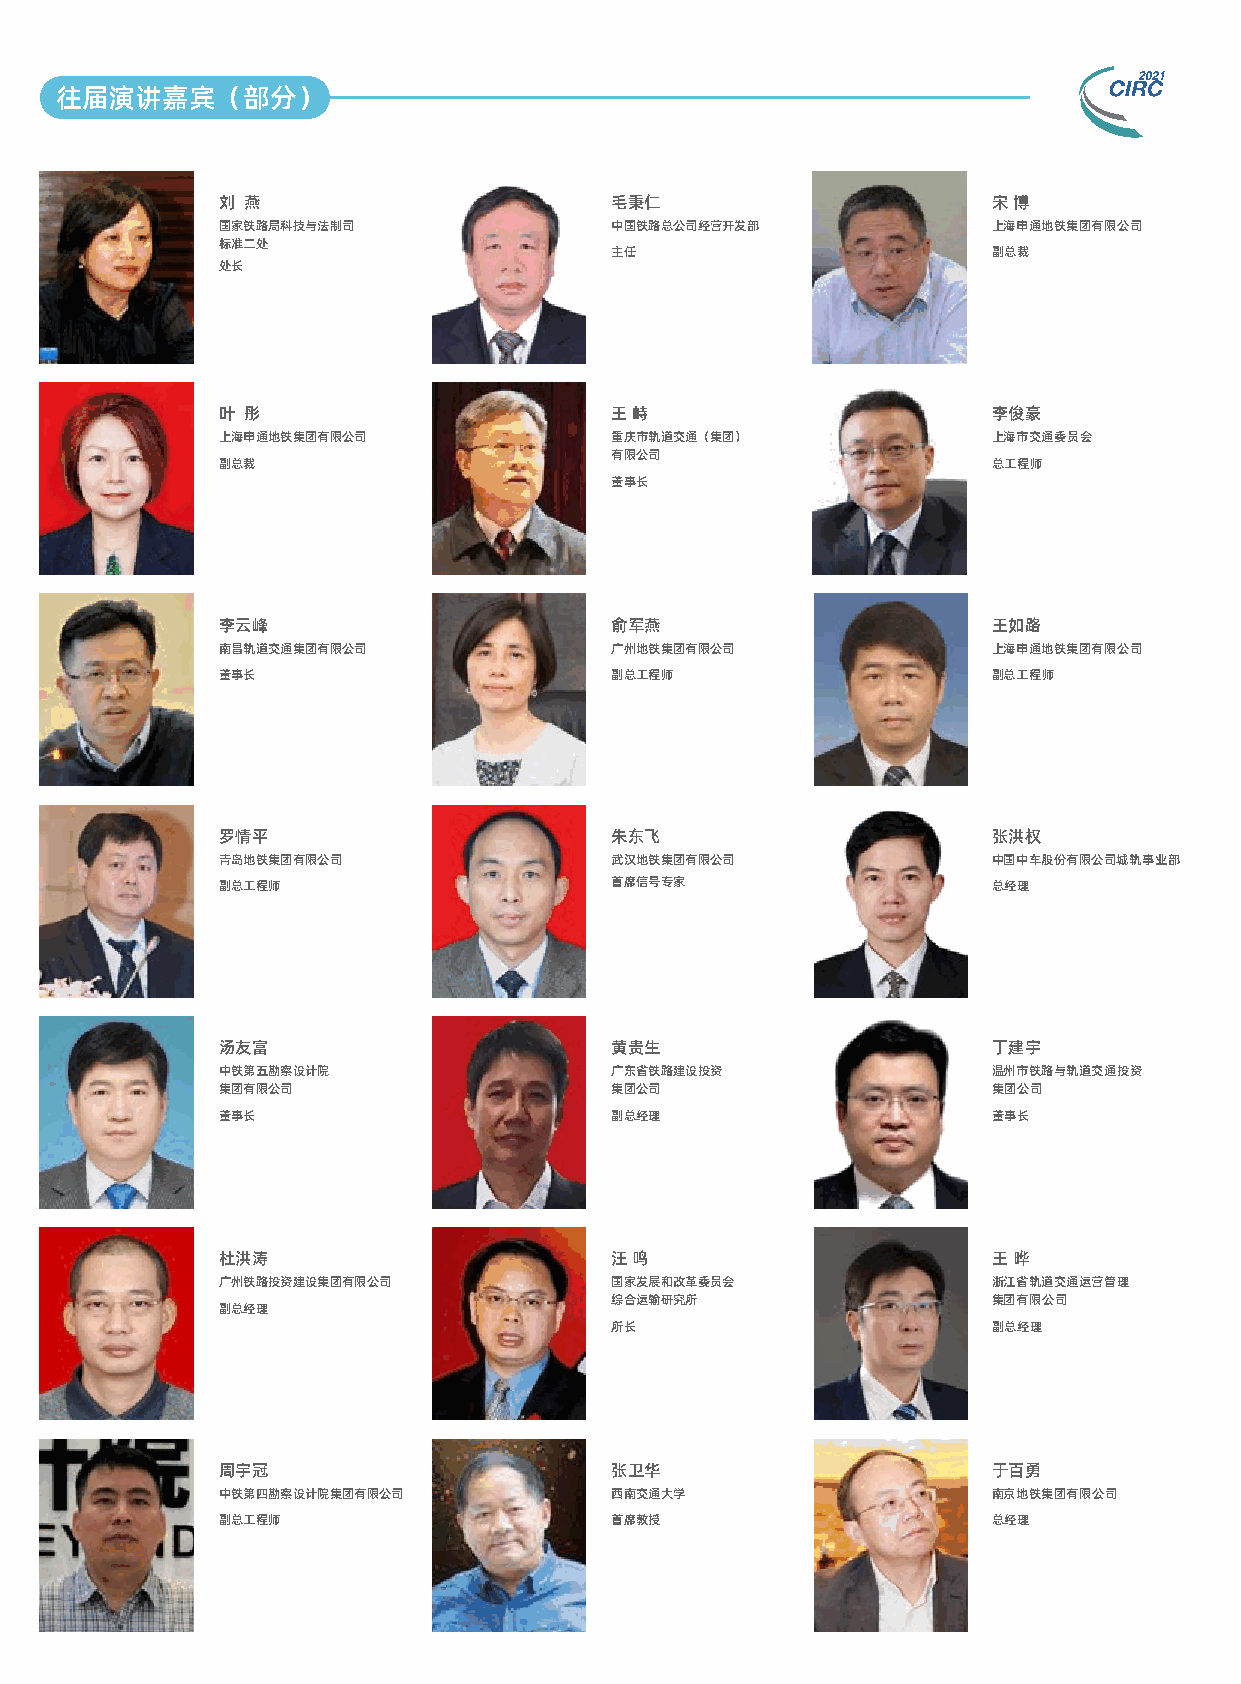
往届演讲嘉宾（部分）
 刘 燕                       毛秉仁                       宋 博
 国家铁路局科技与法制司               中国铁路总公司经营开发部              上海申通地铁集团有限公司
 标准二处
 主任                        副总裁
 处长
 叶 彤                       王 峙                       李俊豪
 上海申通地铁集团有限公司              重庆市轨道交通（集团）               上海市交通委员会
 有限公司
 副总裁                                                 总工程师
 董事长
 李云峰                       俞军燕                       王如路
 南昌轨道交通集团有限公司              广州地铁集团有限公司                上海申通地铁集团有限公司
 董事长                       副总工程师                     副总工程师
 罗情平                       朱东飞                       张洪权
 青岛地铁集团有限公司                武汉地铁集团有限公司                中国中车股份有限公司城轨事业部
 副总工程师                     首席信号专家                    总经理
 汤友富                       黄贵生                       丁建宇
 中铁第五勘察设计院                 广东省铁路建设投资                 温州市铁路与轨道交通投资
 集团有限公司                    集团公司                      集团公司
 董事长                       副总经理                      董事长
 杜洪涛                       汪 鸣                       王 晔
 广州铁路投资建设集团有限公司            国家发展和改革委员会                浙江省轨道交通运营管理
 综合运输研究所                   集团有限公司
 副总经理
 所长                        副总经理
 周宇冠                       张卫华                       于百勇
 中铁第四勘察设计院集团有限公司           西南交通大学                    南京地铁集团有限公司
 副总工程师                     首席教授                      总经理